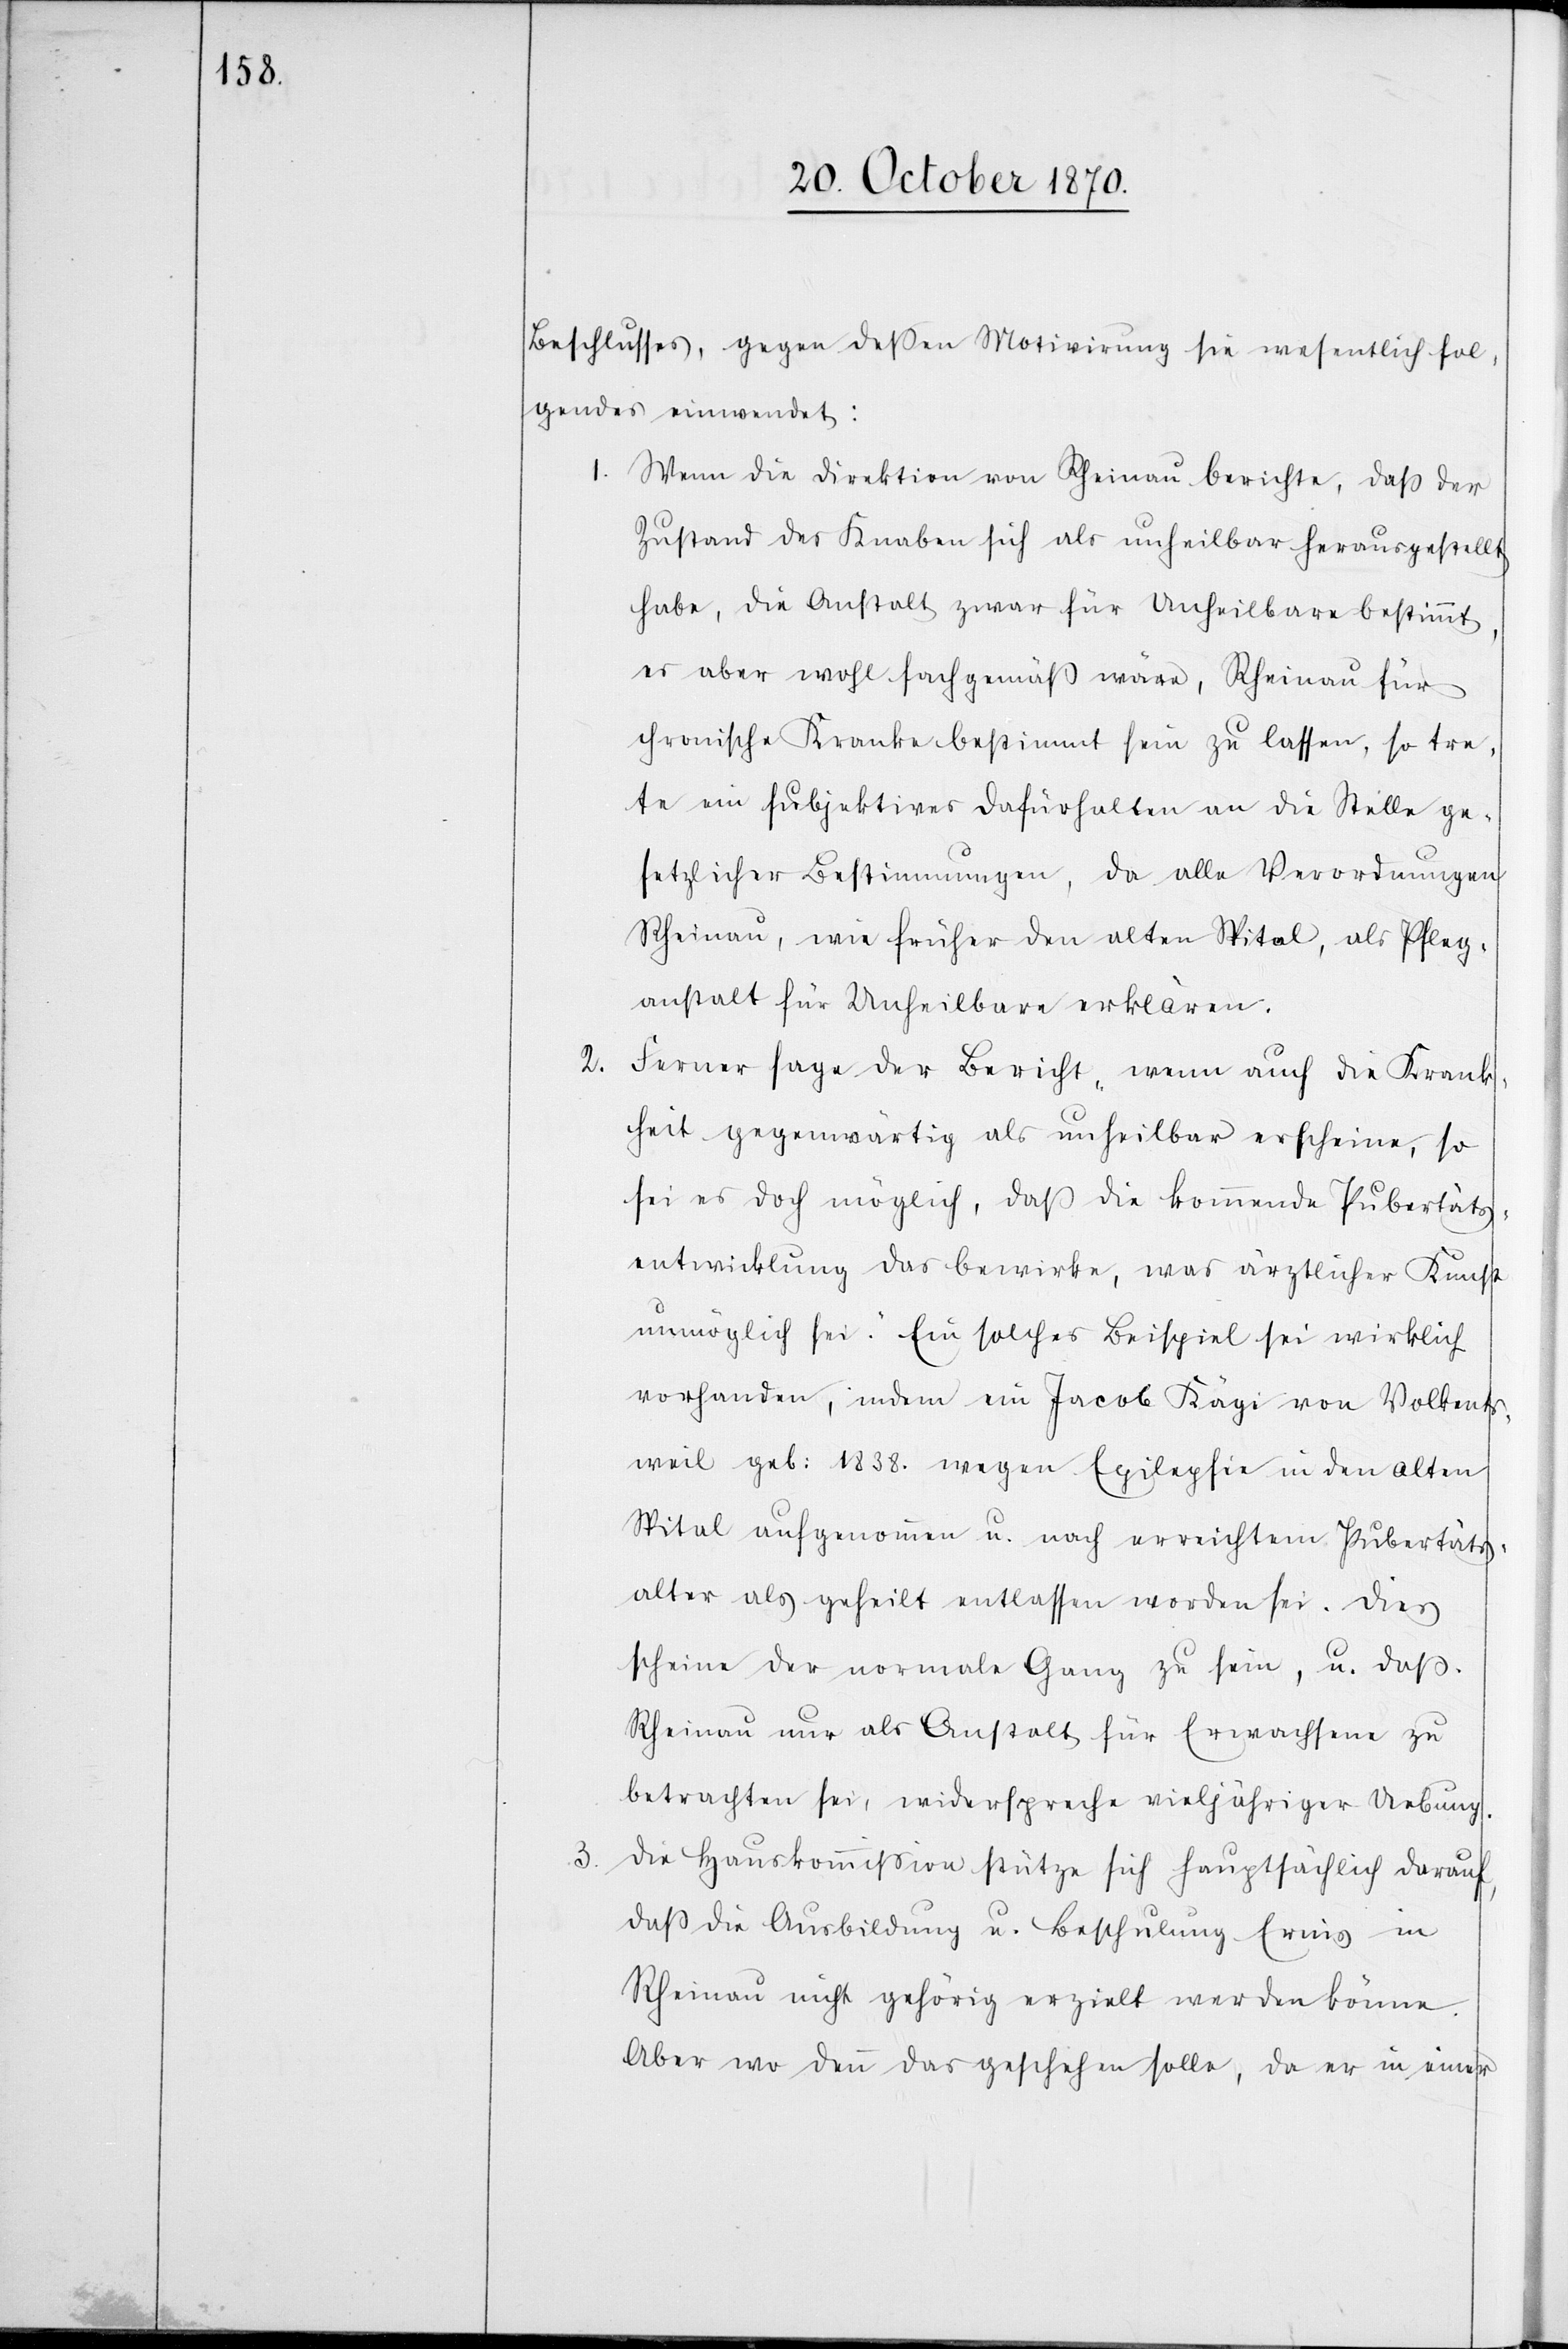
Beschlusses, gegen deßen Motivirung sie wesentlich fol¬
gendes einwendet:
1. Wenn die Direktion von Rheinau berichte, daß der
Zustand des Knaben sich als unheilbar herausgestellt
habe, die Anstalt zwar für Unheilbare bestimmt,
es aber wohl fachgemäß wäre, Rheinau für
chronische Kranke bestimmt sein zu lassen, so tre¬
te ein subjektives Dafürhalten an die Stelle ge¬
setzlicher Bestimmungen, da alle Verordnungen
Rheinau, wie früher den alten Spital, als Pfleg¬
anstalt für Unheilbare erklären.
2.
Ferner sage der Bericht „wenn auch die Krank¬
heit gegenwärtig als unheilbar erscheine, so
sei es doch möglich, daß die kommende Pubertäts¬
entwicklung das bewirke, was ärztlicher Kunst
unmöglich sei.“ Ein solches Beispiel sei wirklich
vorhanden, indem ein Jacob Kägi von Volkents¬
weil geb: 1838. wegen Epilepsie in den alten
Spital aufgenommen u. nach erreichtem Pubertäts¬
alter als geheilt entlassen worden sei. Dies
scheine der normale Gang zu sein, u. daß
Rheinau nur als Anstalt für Erwachsene zu
betrachten sei, widerspreche vieljähriger Uebung.
3. Die Hauskommißion stütze sich hauptsächlich darauf,
daß die Ausbildung u. Beschulung Ernis in
Rheinau nicht gehörig erziehlt werden könne.
Aber wo denn das geschehen solle, da er in einer